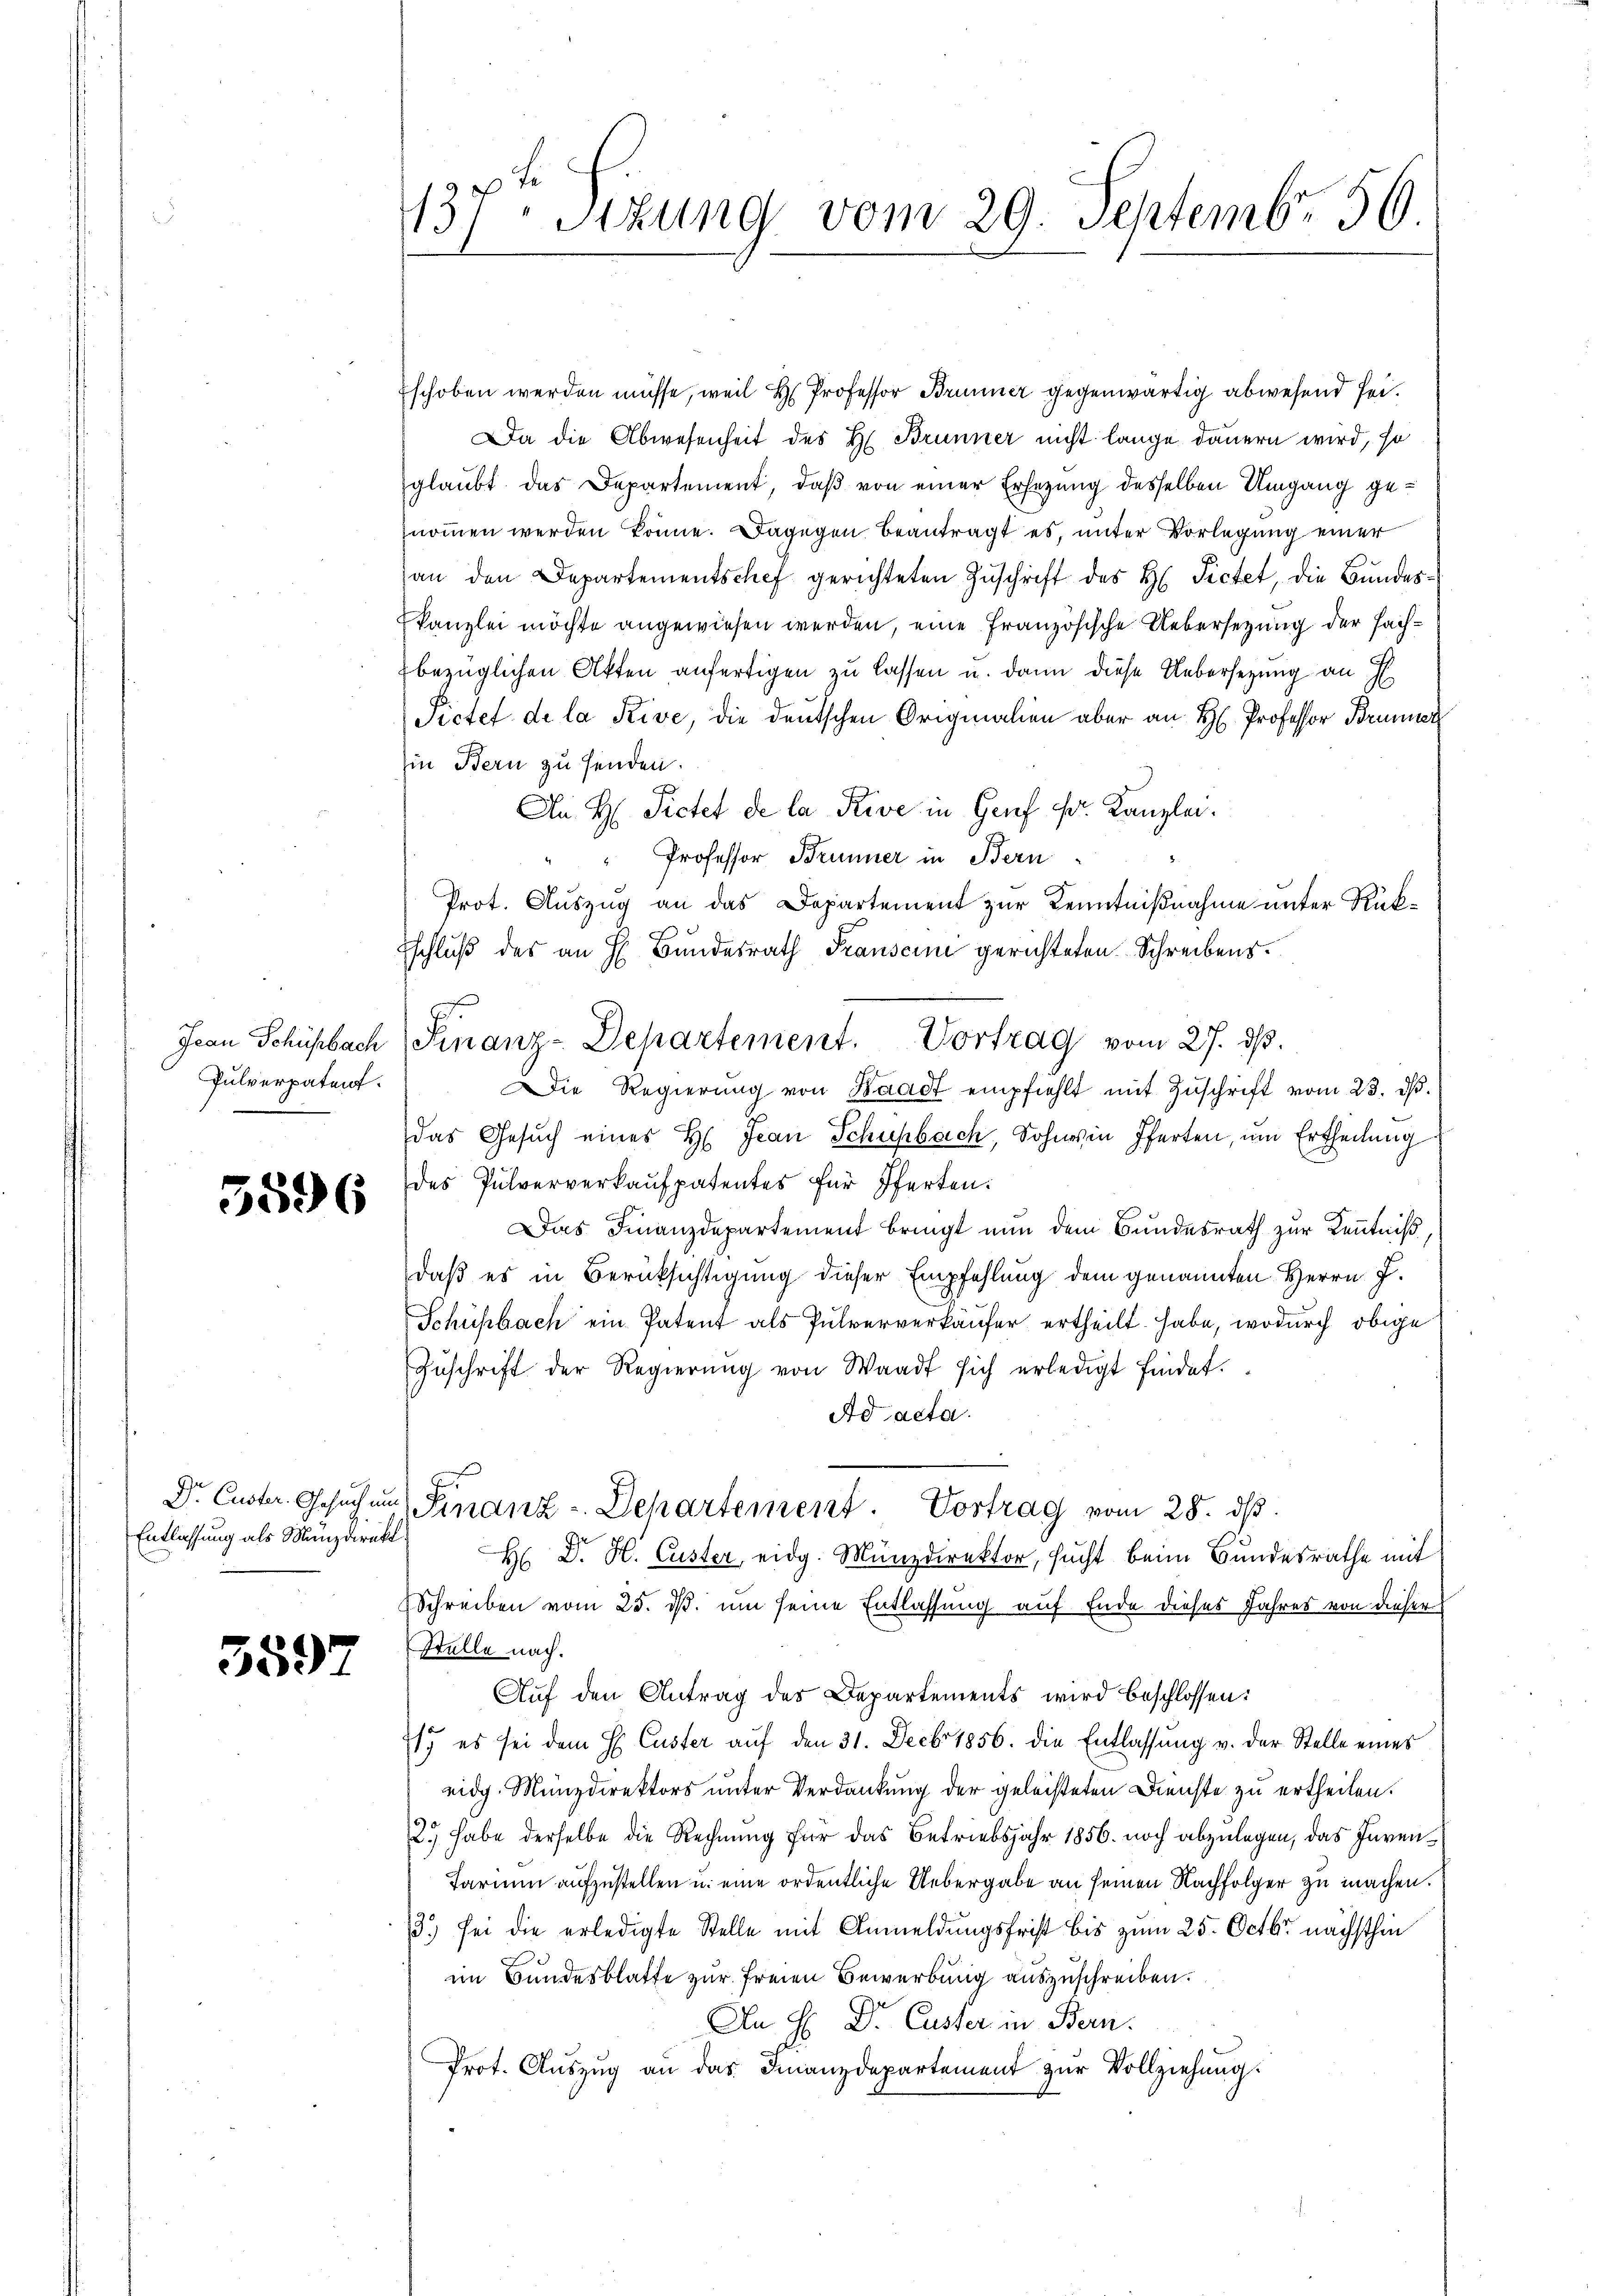
Pulverpatent.

3596

Entlassung als Münzdirekt

5597

137. Sitzung vom 29. Septembr 56.

schoben werden müsse, weil H Professor Brunner gegenwärtig abwesend sei.
Da die Abwesenheit des H. Brunner nicht lange dauern wird, so
glaubt das Departement, daß von einer Ersezung desselben Umgang genommen werden könne. Dagegen beantragt es, unter Vorlegung einer
an den Departementschef gerichteten Zŭschrift des H. Pictet, die Bundeskanzlei möchte angewiesen werden, eine Französische Uebersezung der Fachbezüglichen Akten anfertigen zu lassen u. dann diese Uebersetzung an H
Pictet de la Rive, die deutschen Originalien aber an H. Professor Brunner
Ein Bern zu senden.
An H. Pietet de la Rive in Genf fr. Kanzlei.
" Professor Brunner in Bern.
Prot. Auszug an das Departement zur Kenntnißnahme unter Rückschluß des an H. Bundesrath Transcini gerichteten Schreibens.
Die Regierŭng von Waadt empfiehlt mit Zŭschrift vom 23. d.
das Gesŭch eines Hs. Jean Schuhbach, Sohnes in Pferten, ŭm Ertheilŭng
des Pulververkaufpatentes für Pferden.
Das Finanzdepartement bringt nun dem Bundesrath zur Kenntniß
daß es in Berücksichtigung dieser Empfehlung dem genannten Herrn J.
Schüsbach ein Patent als Pulververkäufer ertheilt habe, wodurch obige
Zŭschrift der Regierŭng von Waadt sich erledigt findet.
Ad acta.
Dr. Custer. Gesŭch ŭm Finanz-Departement. Vortrag vom 28. dβ.
H Dr. H. Custer, eidg. Münzdirektor, sucht beim Bundesrathe mit
Schreiben vom 25. ds. um seine Entlassung auf Ende dieses Jahres von dieser
Stelle nach.
Auf den Antrag des Departements wird beschlossen:
17 es sei dem H. Custer aŭf den 31. Decbr 1856. die Entlassŭng v. der Stelle eines
eidg. Münzdirektors unter Verdankung der geleisteten Dienste zu ertheilen.
2. habe derselbe die Rechnung für das Betriebsjahr 1856. noch abzulegen, das Inven¬
Farium aufzustellen u. eine ordentliche Uebergabe an seinen Nachfolger zu machen.
13.) sei die erledigte Stelle mit Anmeldungsfrist bis zum 25. Octbr nächsthin
im Bundesblatte zur Freien Bewerbung auszuschreiben.
An H: Dr. Custer in Bern.
Prot. Auszug an das Finanzdepartement zur Vollziehung

Jean Schühbach Finanz-Departement. Vortrag vom 27. ds.